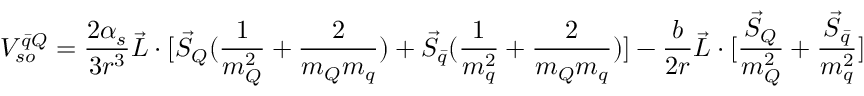
V _ { s o } ^ { \bar { q } Q } = { \frac { 2 \alpha _ { s } } { 3 r ^ { 3 } } } \vec { L } \cdot [ \vec { S } _ { Q } ( { \frac { 1 } { m _ { Q } ^ { 2 } } } + { \frac { 2 } { m _ { Q } m _ { q } } } ) + \vec { S } _ { \bar { q } } ( { \frac { 1 } { m _ { q } ^ { 2 } } } + { \frac { 2 } { m _ { Q } m _ { q } } } ) ] - { \frac { b } { 2 r } } \vec { L } \cdot [ { \frac { \vec { S } _ { Q } } { m _ { Q } ^ { 2 } } } + { \frac { \vec { S } _ { \bar { q } } } { m _ { q } ^ { 2 } } } ]